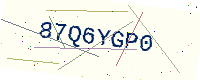
Text: 87Q6YGP0